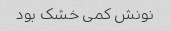
نونش کمی خشک بود